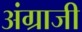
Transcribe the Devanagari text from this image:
अंग्राजी